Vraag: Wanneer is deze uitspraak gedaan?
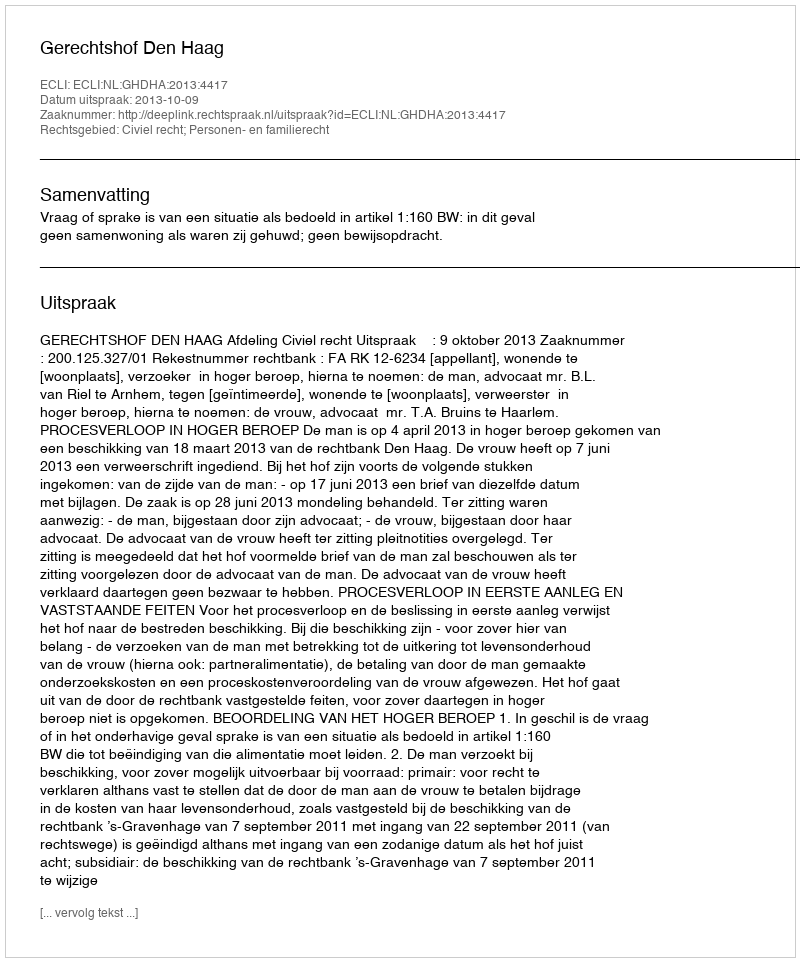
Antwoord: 2013-10-09